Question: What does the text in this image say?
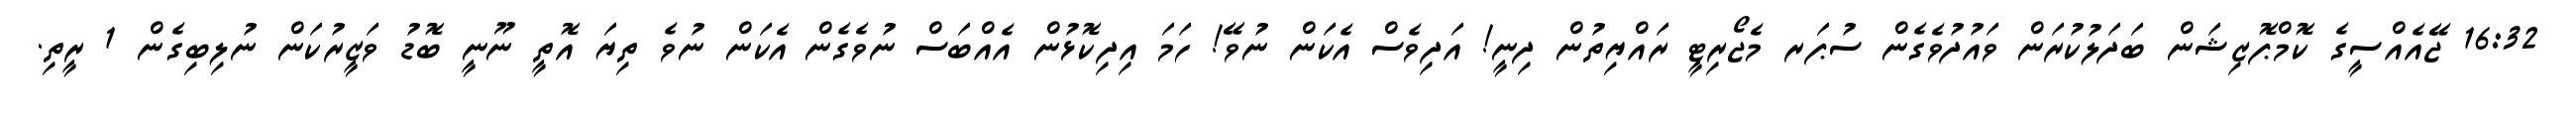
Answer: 16:32 ޖޭއެއްސީގެ ކޮމްޕޮޒިޝަން ބަދަލުކުރަން ވައުދުވެގެން ސުޕަރ މެޖޯރިޓީ ރައްޔިތުން ދިނީ! އަދިވެސް އެކަން ނުވޭ! ހަމަ އިދިކޮޅުން އެއްބަސް ނުވެގެން އެކަން ނުވެ ތިޔަ އޮތީ ނޫނީ ބޮޑު ވަޒީރުކަން ނުލިބިގެން 1 ރީތި.